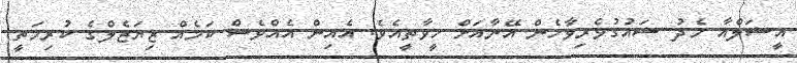
އީޝަލްއާ މެދު ޝައުގުވެރިވާހެން އޭނާއަށް ހީވާތީއެވެ. އެއިން އެއްވެސް ކަމެއް ޒިޔަޒެލްގެ ކުރިމަތީ